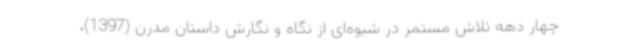
چهار دهه تلاش مستمر در شیوه‌ای از نگاه و نگارش داستان مدرن (1397)،